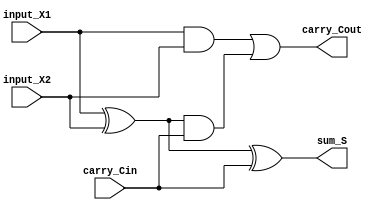
module full_adder (input input_X1, input_X2, carry_Cin,output sum_S, carry_Cout);  
 wire a1, a2, a3;    
 xor obju1(a1,input_X1,input_X2);
 and obju2(a2,input_X1,input_X2);
 and obju3(a3,a1,carry_Cin);
 or obju4(carry_Cout,a2,a3);
 xor obju5(sum_S,a1,carry_Cin); 
endmodule